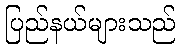
ပြည်နယ်များသည်